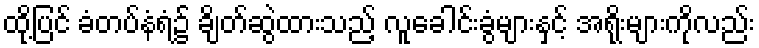
ထို့ပြင် ခံတပ်နံရံ၌ ချိတ်ဆွဲထားသည့် လူခေါင်းခွံများနှင့် အရိုးများကိုလည်း